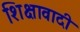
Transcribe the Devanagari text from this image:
शिक्षावादी